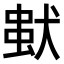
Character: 𤠢